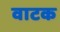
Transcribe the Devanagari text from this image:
वाटक